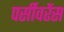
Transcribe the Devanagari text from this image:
पर्सीवरेंस